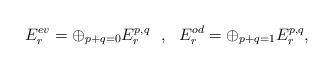
LaTeX: \begin{align*} E^{ev}_r=\oplus_{p+q=0} E^{p,q}_r \ \ , \ \ E^{od}_r=\oplus_{p+q=1} E^{p,q}_r , \end{align*}